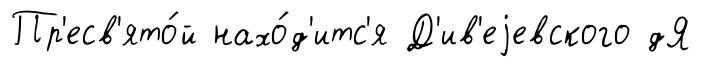
Пр'есв'ято́й нахо́д'итс'я Д'ив'еjевского дЯ